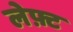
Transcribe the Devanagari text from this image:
लेफ़्ट